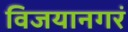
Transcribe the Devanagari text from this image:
विजयानगरं